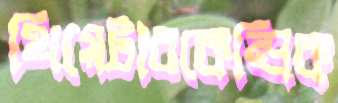
থিয়েটারকেন্দ্রিক